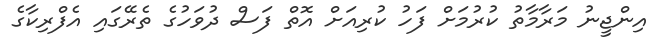
އިންޖީނު މަރާމާތު ކުރުމަށް ފަހު ކުރިއަށް އޮތް ފަސް ދުވަހުގެ ތެރޭގައި އެފްރިކާގެ